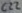
Text: C22